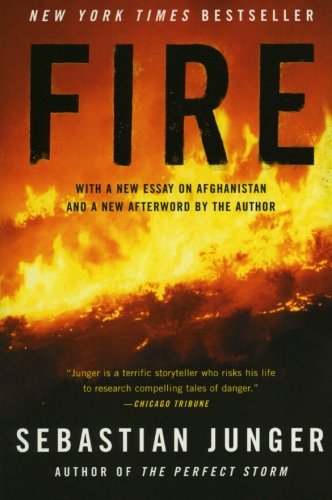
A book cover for Fire; Sebastian Junger; Literature & Fiction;